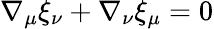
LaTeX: \nabla_{\mu}\xi_{\nu}+\nabla_{\nu}\xi_{\mu}=0